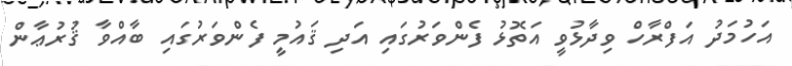
އަހުމަދު އަފްރާހް ވިދާޅުވީ އަތޮޅު ފެންވަރުގައި އަދި ޤައުމީ ފެންވަރުގައި ބާއްވާ ޤުރުޢާން